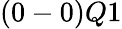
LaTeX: (0-0)Q1